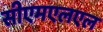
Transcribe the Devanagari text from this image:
सीएमएलएल